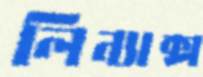
লিন্যাক্স